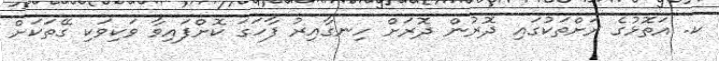
ކ. އަތޮޅުގެ ރަށްތަކުގައި ދޮރުން ދޮރަށް ހިނގާއިރު ފާހަގަ ކޮށްފައިވާ ވަކިވަކި ގޭތަކަށް